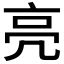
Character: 亮